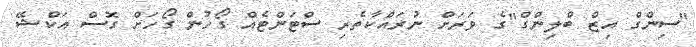
"ސިންގް އިޒް ބްލިންގް"ގެ ވަރަށް ނުރައްކާތެރި ސްޓަންޓެއް ގޯހުން ގޯހަށް ގޮސް އަކްޝޭ